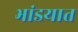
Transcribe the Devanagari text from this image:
भांडयात